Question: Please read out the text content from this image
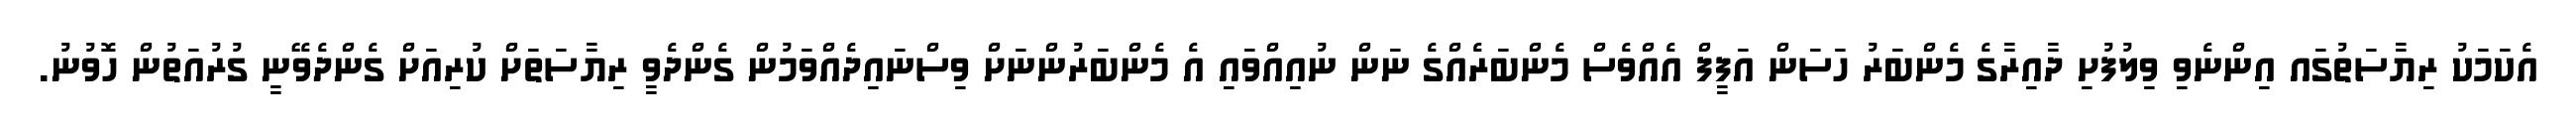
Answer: އެކަމަކު ރިޔާސަތުގައ އިންނެވި ވިލުފުށި ދާއިރާގެ މެންބަރު ހަސަން އަފީފް އެއްވެސް މެންބަރެއްގެ ނަން ނުއިއްވައި އެ މެންބަރުންނަށް ވިސްނައިދެއްވަމުން ގެންދެވީ ރިޔާސަތަށް ކުރިއަށް ގެންދެވޭނީ ގުރުއަތުން ހޮވުނު.